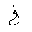
Letter: _kha